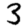
Digit: 3